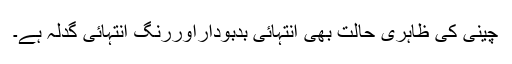
چینی کی ظاہری حالت بھی انتہائی بدبوداراوررنگ انتہائی گدلہ ہے۔